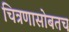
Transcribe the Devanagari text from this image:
चित्रणासोबतच